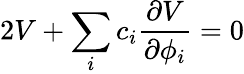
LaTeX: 2V+\sum_{i}c_{i}{\frac{\partial V}{\partial\phi_{i}}}=0